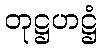
တုဋ္ဌဟဋ္ဌံ